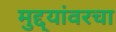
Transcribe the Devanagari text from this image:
मुद्द्यांवरचा